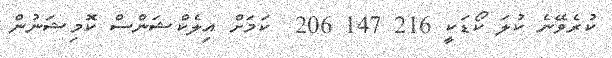
ކުރެވޭނެ ކުލަ ކޯޑަކީ 216 147 206  ކަމަށް އިލެކްޝަންސް ކޮމިޝަނުން